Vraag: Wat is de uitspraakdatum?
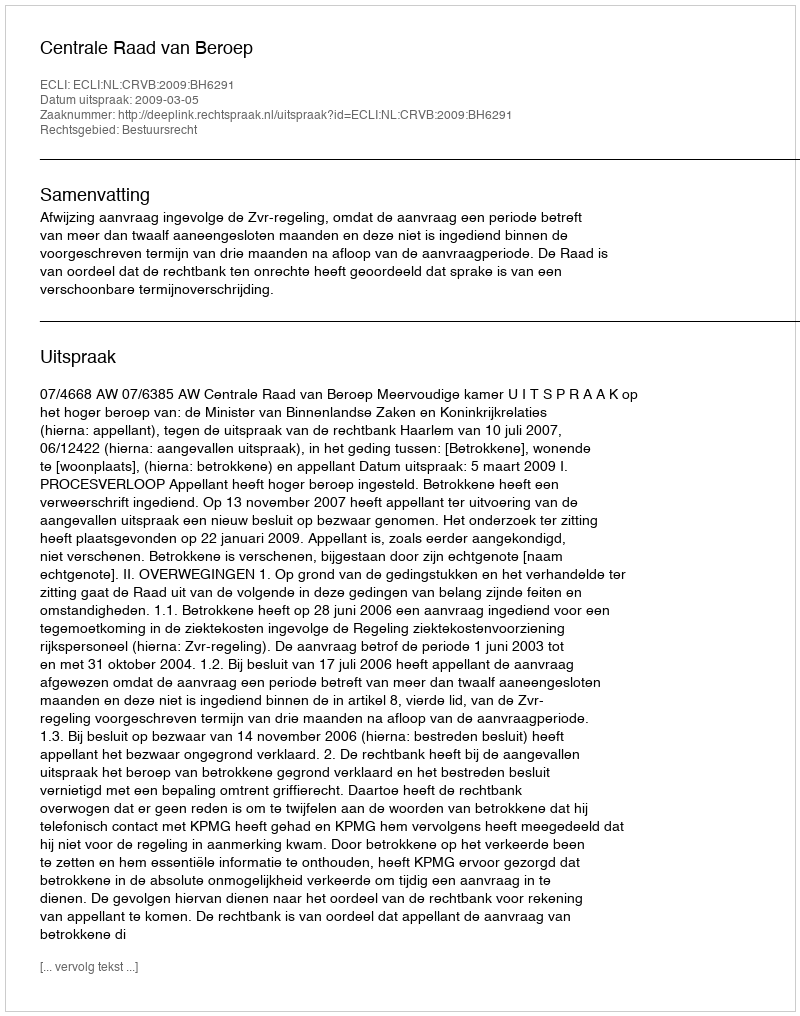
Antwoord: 2009-03-05